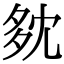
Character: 𡖓